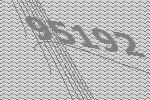
95192